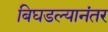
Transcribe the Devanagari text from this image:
बिघडल्यानंतर